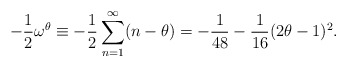
\begin{align*}-\frac{1}{2}\omega^{\theta}\equiv -\frac{1}{2}\sum_{n=1}^{\infty}(n-\theta)=-\frac{1}{48}-\frac{1}{16}(2\theta-1)^2.\end{align*}